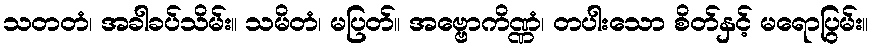
သတတံ၊ အခါခပ်သိမ်း။ သမိတံ၊ မပြတ်။ အဗ္ဗောကိဏ္ဏံ၊ တပါးသော စိတ်နှင့် မရောပြွမ်း။